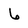
Character: 6